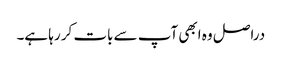
‏ دراصل وہ ابھی آپ سے بات کر رہا ہے۔